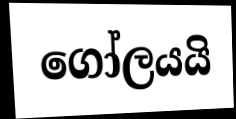
ගෝලයයි